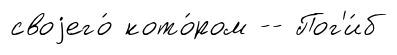
своjего́ кото́ром -- Пог'и́б